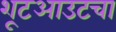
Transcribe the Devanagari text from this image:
शूटआउटचा